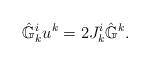
LaTeX: \begin{align*} \hat{\mathbb{G}}^i_k u^k = 2J^i_k\hat{\mathbb{G}}^k.\end{align*}